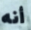
أنه